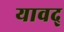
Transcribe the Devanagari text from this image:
यावद्